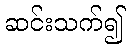
ဆင်းသက်၍